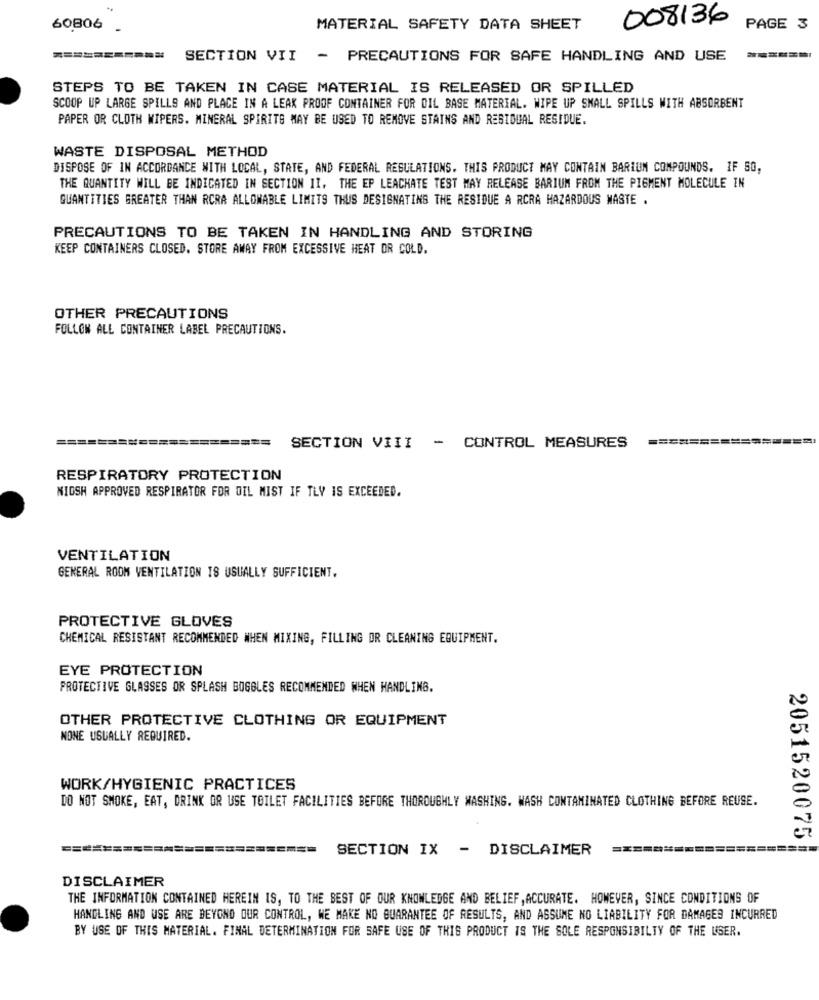
008136
60.806 .
MATERIAL SAFETY DATA SHEET
PAGE 3
SECTION VII - PRECAUTIONS FOR SAFE HANDLING AND USE
====== I
STEPS TO BE TAKEN IN CASE MATERIAL IS RELEASED OR SPILLED
SCOOP UP LARGE SPILLS AND PLACE IN A LEAK PROOF CONTAINER FOR DIL BASE MATERIAL. WIPE UP SMALL SPILLS WITH ABSORBENT
PAPER OR CLOTH WIPERS. MINERAL SPIRITS MAY BE USED TO REMOVE STAINS AND RESIDUAL RESIDUE.
WASTE DISPOSAL METHOD
DISPOSE OF IN ACCORDANCE WITH LOCAL, STATE, AND FEDERAL REGULATIONS. THIS PRODUCT MAY CONTAIN BARIUM COMPOUNDS. IF 50,
THE QUANTITY WILL BE INDICATED IN SECTION II, THE EP LEACHATE TEST MAY RELEASE BARIUM FROM THE PIGMENT MOLECULE IN
QUANTITIES GREATER THAN RCRA ALLOWABLE LIMITS THUS DESIGNATING THE RESIDUE A RCRA HAZARDOUS WASTE .
PRECAUTIONS TO BE TAKEN IN HANDLING AND STORING
KEEP CONTAINERS CLOSED. STORE AWAY FROM EXCESSIVE HEAT OR COLD.
OTHER PRECAUTIONS
FOLLOW ALL CONTAINER LABEL PRECAUTIONS.
===========
=============
SECTION VIII - CONTROL MEASURES
RESPIRATORY PROTECTION
NIOSH APPROVED RESPIRATOR FOR OIL MIST IF TLY IS EXCEEDED.
VENTILATION
GENERAL ROOM VENTILATION IS USUALLY SUFFICIENT.
PROTECTIVE GLOVES
CHEMICAL RESISTANT RECOMMENDED WHEN MIXING, FILLING OR CLEANING EQUIPMENT.
EYE PROTECTION
PROTECTIVE GLASSES OR SPLASH BOGGLES RECOMMENDED WHEN HANDLING.
OTHER PROTECTIVE CLOTHING OR EQUIPMENT
NONE USUALLY REQUIRED.
WORK/HYGIENIC PRACTICES
DO NOT SMOKE, EAT, DRINK OR USE TOILET FACILITIES BEFORE THOROUGHLY WASHING. WASH CONTAMINATED CLOTHING BEFORE REUSE.
2051520075
SECTION IX - DISCLAIMER
=======
DISCLAIMER
THE INFORMATION CONTAINED HEREIN IS, TO THE BEST OF OUR KNOWLEDGE AND BELIEF , ACCURATE. HOWEVER, SINCE CONDITIONS OF
HANDLING AND USE ARE BEYOND OUR CONTROL, WE MAKE NO GUARANTEE OF RESULTS, AND ASSUME NO LIABILITY FOR DAMAGES INCURRED
BY USE OF THIS MATERIAL. FINAL DETERMINATION FOR SAFE USE OF THIS PRODUCT IS THE SOLE RESPONSIBILTY OF THE USER.